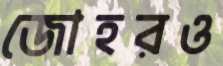
জোহরও